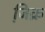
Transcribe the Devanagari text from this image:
जि़क्र